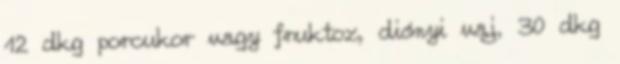
12 dkg porcukor vagy fruktoz, diónyi vaj, 30 dkg